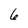
Character: 6